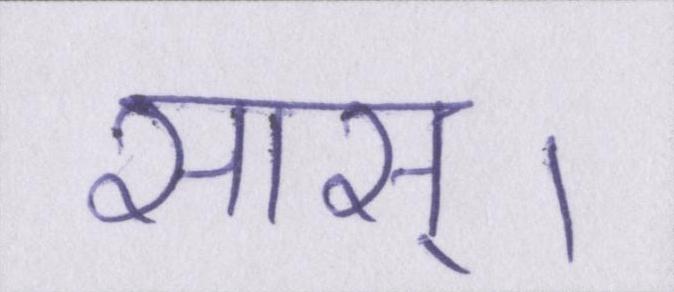
सास्।